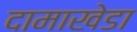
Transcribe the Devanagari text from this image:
दामाखेडा